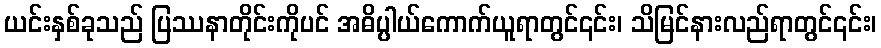
ယင်းနှစ်ခုသည် ပြဿနာတိုင်းကိုပင် အဓိပ္ပါယ်ကောက်ယူရာတွင်၎င်း၊ သိမြင်နားလည်ရာတွင်၎င်း၊